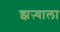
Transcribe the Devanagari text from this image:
झऱ्याला